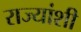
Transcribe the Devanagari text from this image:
राज्‍यांशी